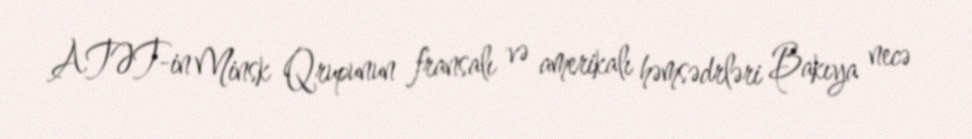
ATƏT-in Minsk Qrupunun fransalı və amerikalı həmsədrləri Bakıya necə